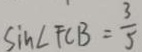
\sin \angle F C B = \frac { 3 } { 5 }